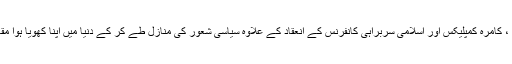
ہم جمہوری ریاست، 73ء کے متفقہ آئین، ایٹمی پروگرام کی بنیاد، سٹیل ملز ، واہ فیکٹری ، کامرہ کمپلیکس اور اسلامی سربراہی کانفرنس کے انعقاد کے علاوہ سیاسی شعور کی منازل طے کر کے دنیا میں اپنا کھویا ہوا مقام بنا رہے تھے کہ آمرِ سوم ضیا الحق نے آ کر ہمارے سارے خواب چکنا چور کر دیئے۔